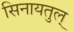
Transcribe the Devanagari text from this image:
सिनायतुल्